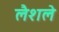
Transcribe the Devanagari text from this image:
लैशले